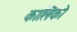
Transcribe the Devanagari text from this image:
कालिको